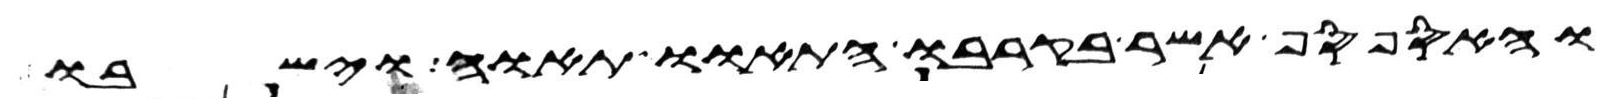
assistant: והספסף אשר בקרבו התאוו תאוה וישבו